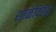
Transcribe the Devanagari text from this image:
शाळेविरुद्ध